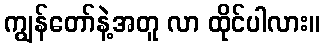
ကျွန်တော်နဲ့အတူ လာ ထိုင်ပါလား။